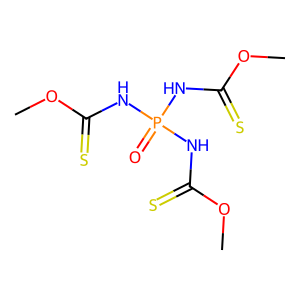
SMILES: COC(=S)NP(=O)(NC(=S)OC)NC(=S)OC
Inhibits HIV replication: No